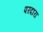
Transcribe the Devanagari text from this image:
परदारा